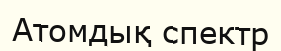
Атомдық спектр